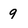
Character: 9